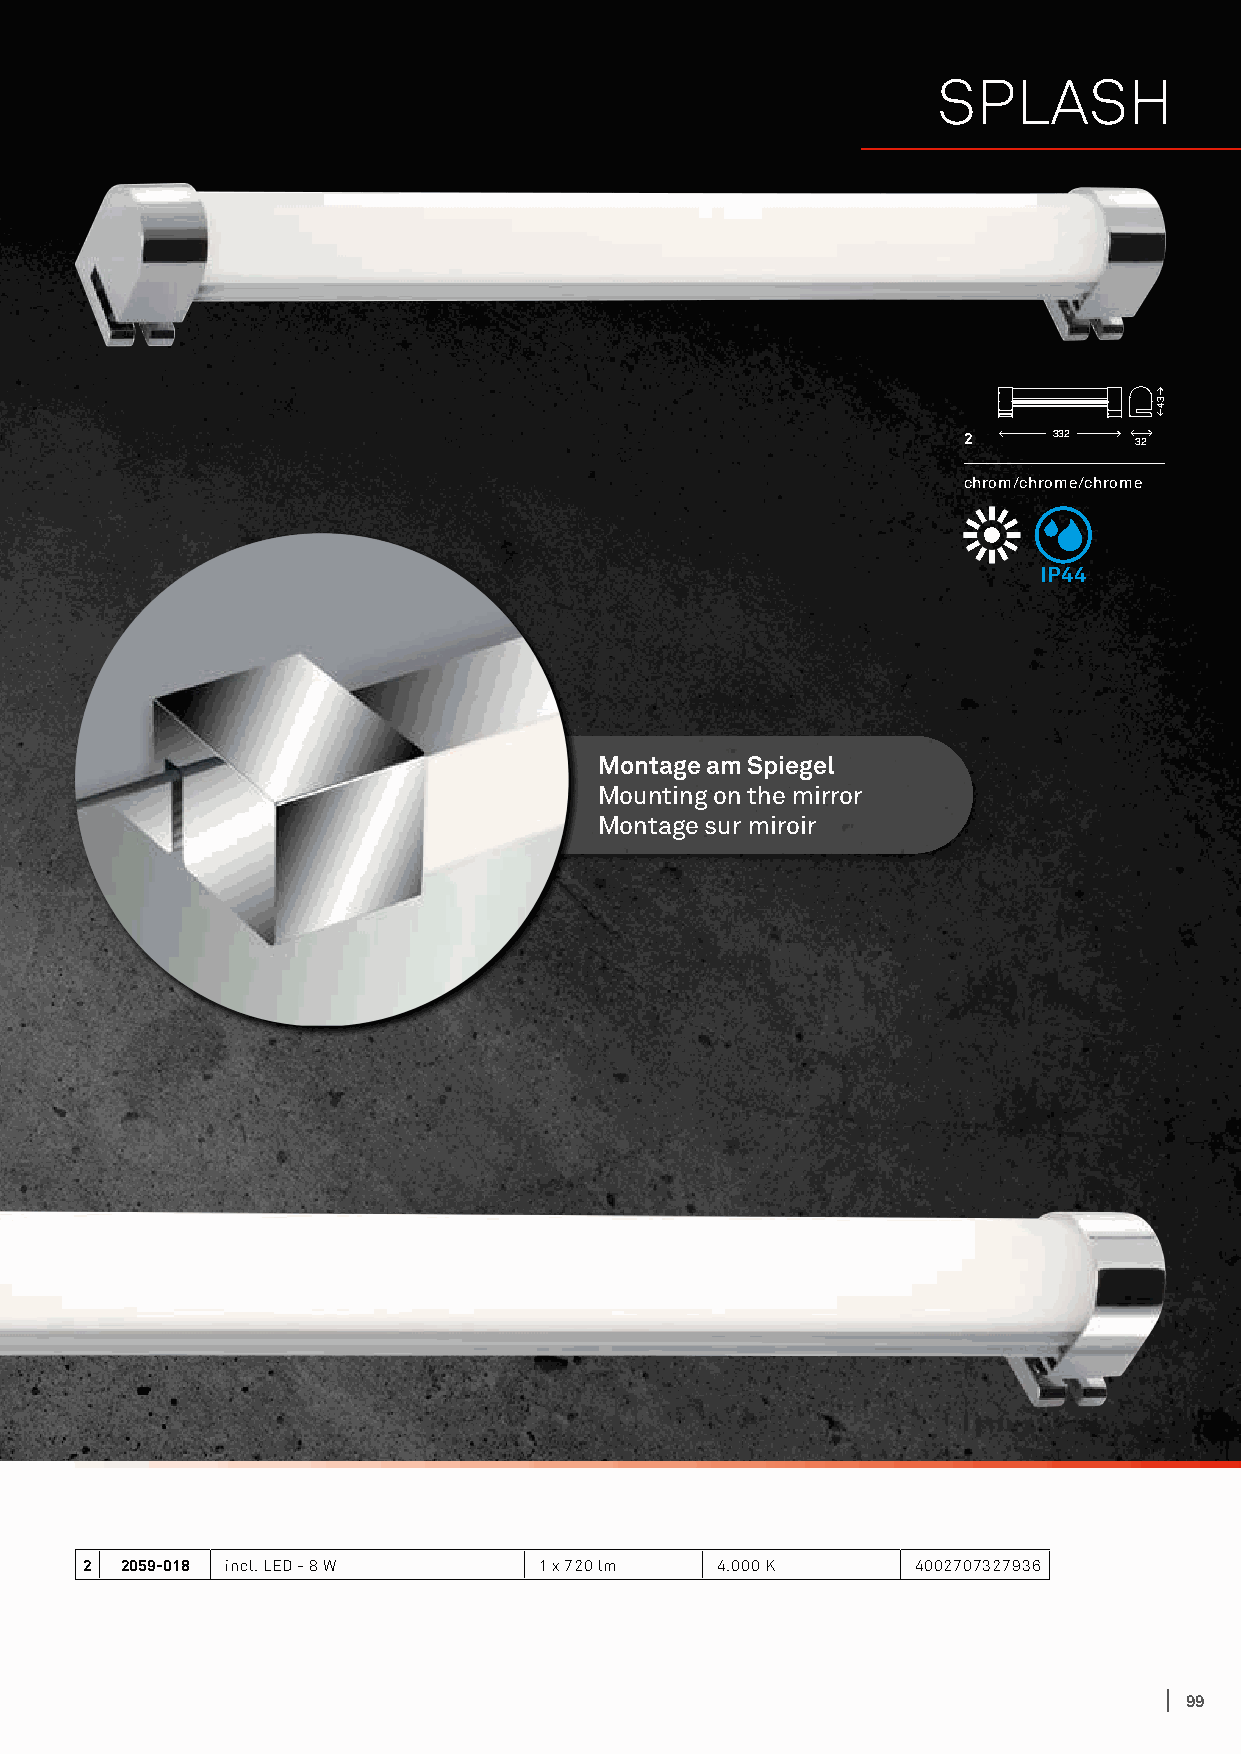
SPLASH
 2     332
 32
 chrom/chrome/chrome
 IP44
 Montage am Spiegel
 Mounting on the mirror
 Montage sur miroir
 2 2059-018 incl. LED - 8 W    1 x 720 lm 4.000 K       4002707327936
 99
 34